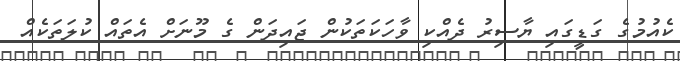
ކެއުމުގެ ގަޑީގައި ޔާސިރު ދެއްކި ވާހަކަތަކުން ޖައިދަން ގެ މޫނަށް އެތައް ކުލަތަކެއް